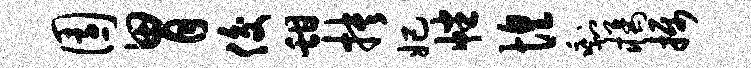
园胃俊甜抉妃幡惶剩橘摄